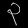
Digit: ၃